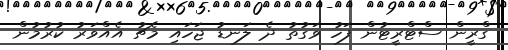
ގްރީން ސްޓްރީޓުން ފަހު ވަގުތު ދެ ލަނޑު ޖަހައި މެޗު އެއްވަރު ކުރުމުން